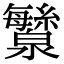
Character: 㶗